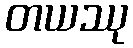
တယဿု